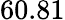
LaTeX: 60.81